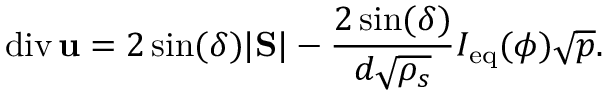
\mathrm { d i v } \, { \bf u } = 2 \sin ( \delta ) | \mathrm { \bf S } | - \frac { 2 \sin ( \delta ) } { d \sqrt { \rho _ { s } } } I _ { \mathrm { e q } } ( \phi ) \sqrt { p } .